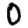
Digit: 0